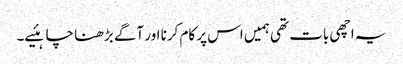
یہ اچھی بات تھی ہمیں اس پر کام کرنا اور آگے بڑھنا چاہئیے۔